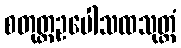
စတုတ္ထဥပေါသထသုတ္တံ